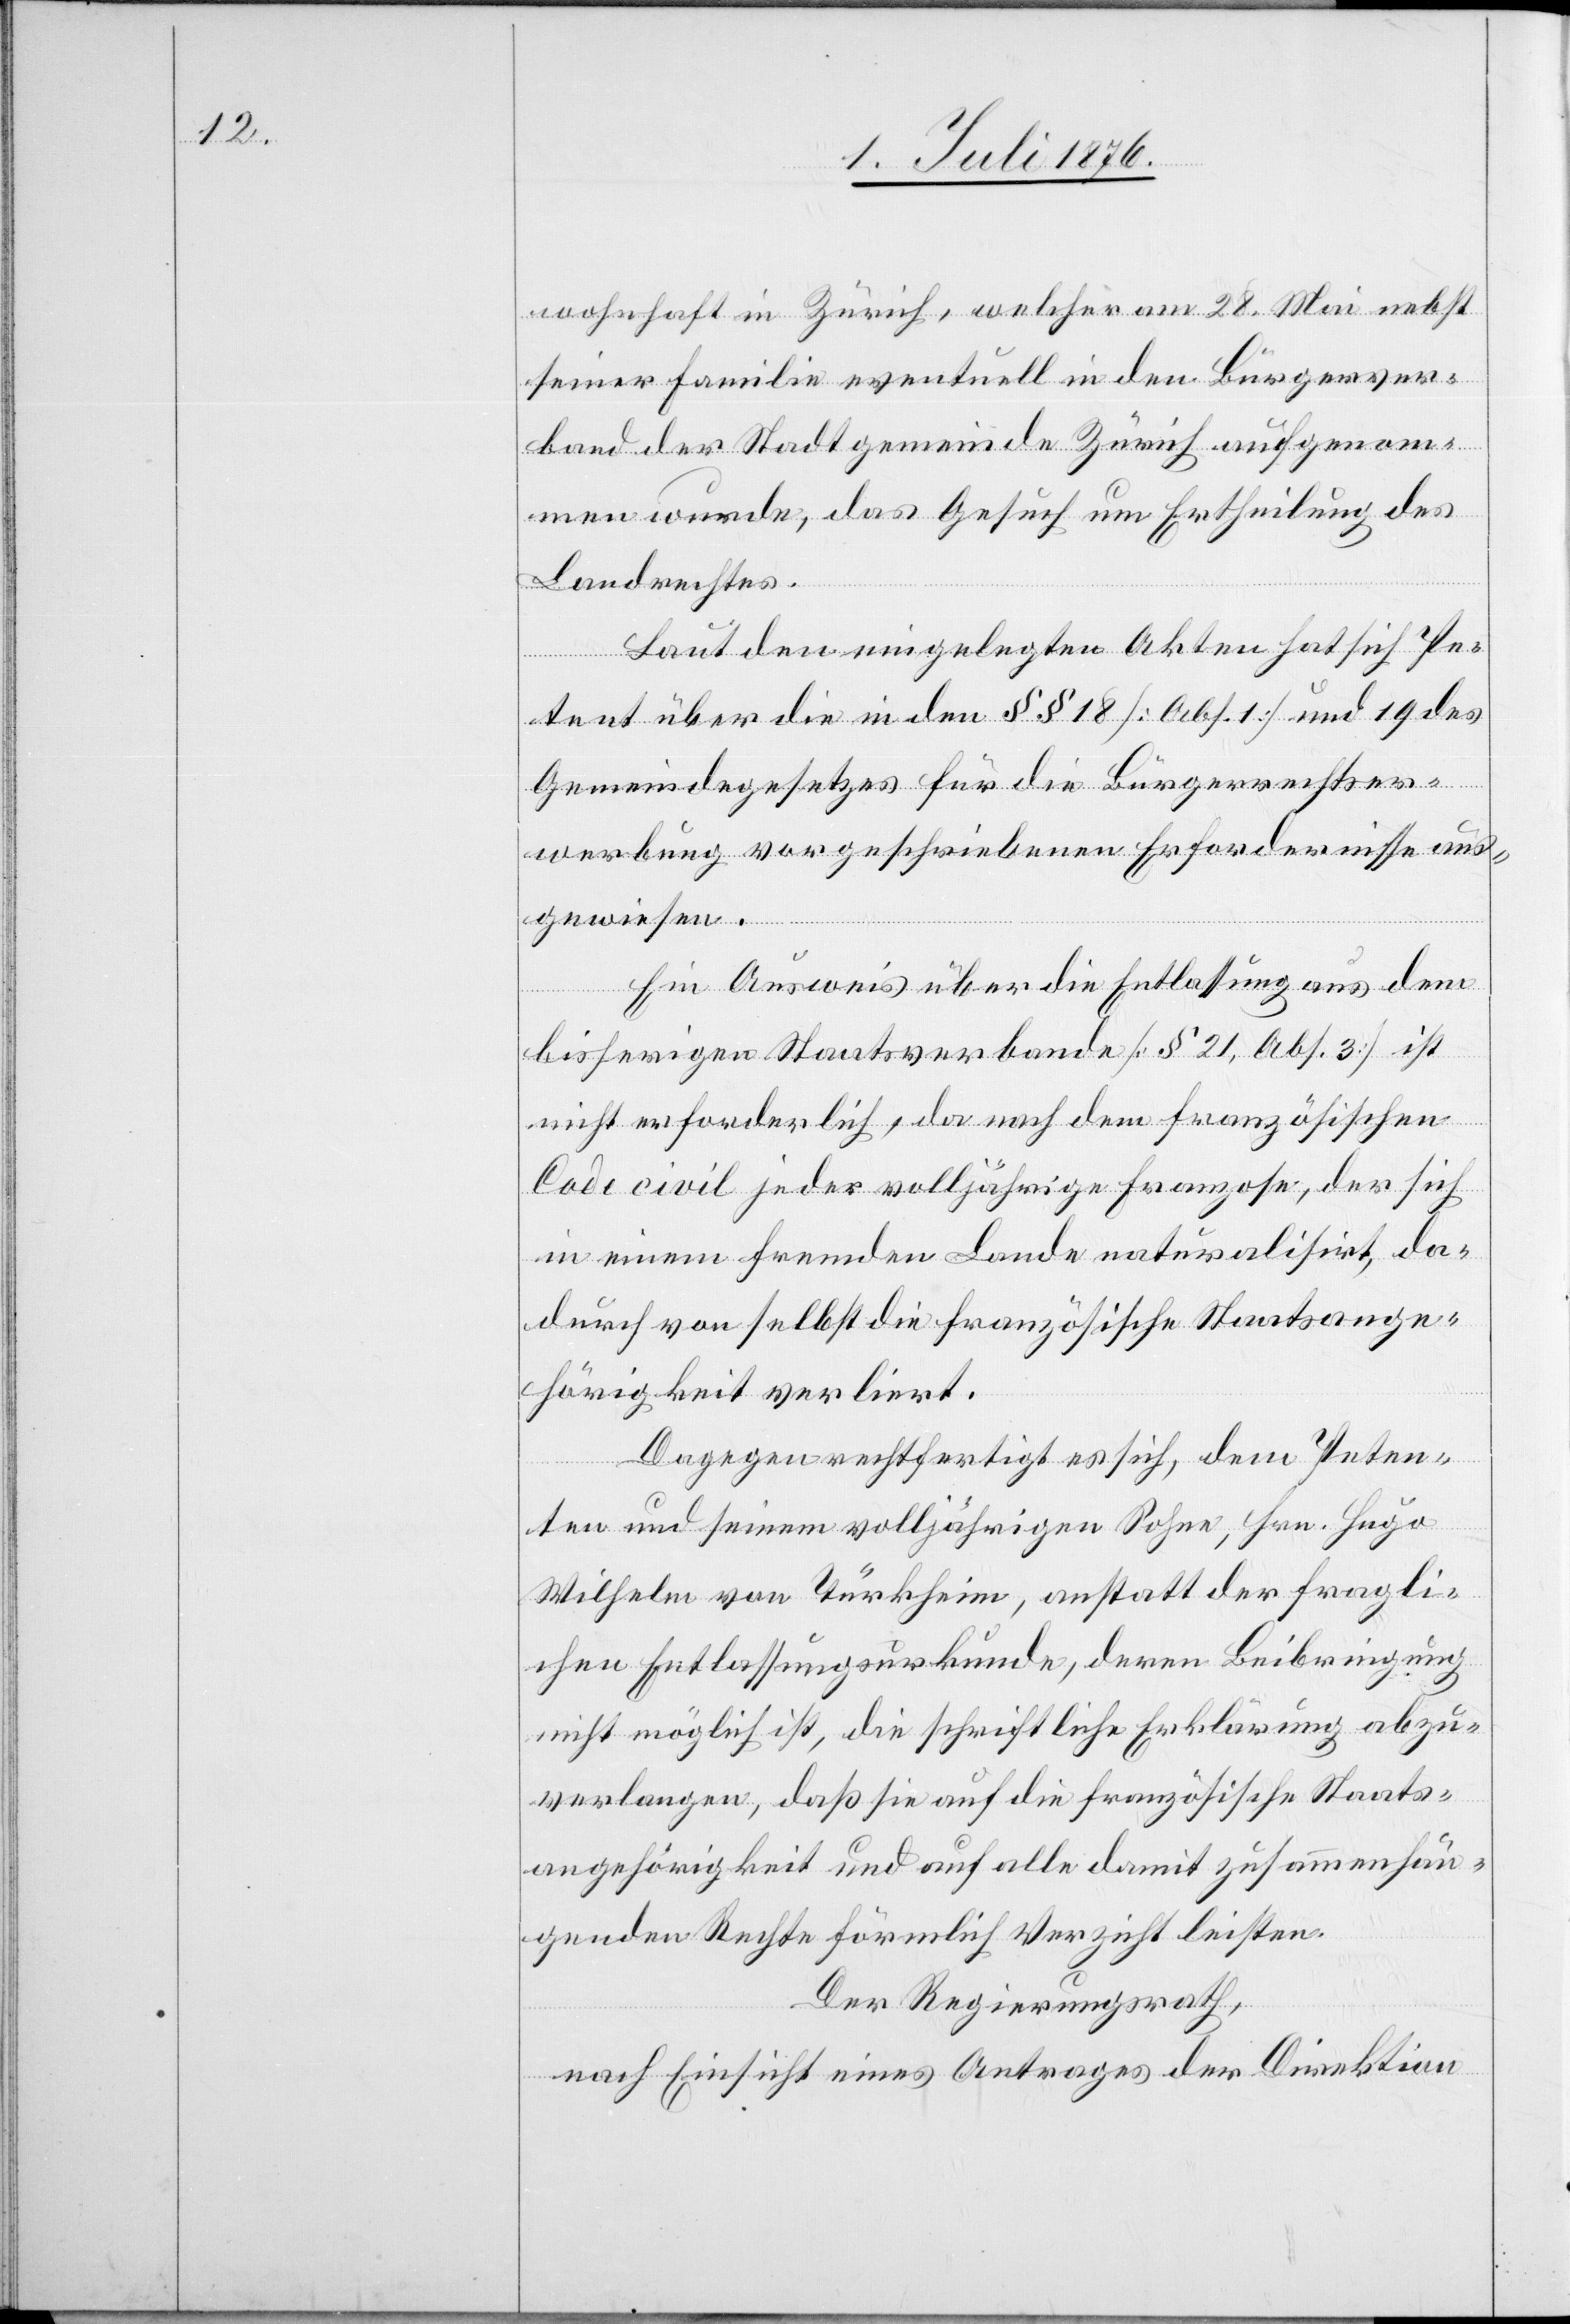
wohnhaft in Zürich, welcher am 28. Mai nebst
seiner Familie eventuell in den Bürgerver¬
band der Stadtgemeinde Zürich aufgenom¬
men wurde, das Gesuch um Ertheilung des
Landrechtes.
Laut den eingelegten Akten hat sich Pe¬
tent über die in den §§ 18 [Abs. 1] und 19 des
Gemeindegesetzes für die Bürgerrechtser¬
werbung vorgeschriebenen Erfordernisse aus¬
gewiesen.
Ein Ausweis über die Entlassung aus dem
bisherigen Staatsverbande [§ 21, Abs. 3] ist
nicht erforderlich, da nach dem französischen
Code civil jeder volljährige Franzose, der sich
in einem fremden Lande naturalisirt, da¬
durch von selbst die französische Staatsange¬
hörigkeit verliert.
Dagegen rechtfertigt es sich, dem Peten¬
ten und seinem volljährigen Sohne, Hrn. Hugo
Wilhelm von Türkheim, anstatt der fragli¬
chen Entlassungsurkunde, deren Beibringung
nicht möglich ist, die schriftliche Erklärung abzu¬
verlangen, das sie auf die französische Staats¬
angehörigkeit und auf alle damit zusammenhän¬
genden Rechte förmlich Verzicht leisten.
Der Regierungsrath,
nach Einsicht eines Antrages der Direktion